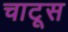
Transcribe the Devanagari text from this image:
चाटूस